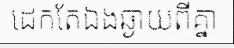
ដេកតែឯងឆ្ងាយពីគ្នា